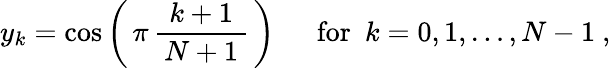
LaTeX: y_{k}=\cos\left(\, \pi\, {\frac{k+1}{\, N+1\, }}\, \right)\quad~{\mathrm{~for~}}~k=0,1,\dots,N-1~,